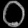
Digit: ၀